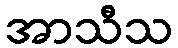
အာသီသ